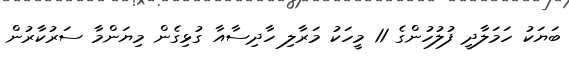
ބަޔަކު ހަމަލާދީ ފުލުހުންގެ 11 މީހަކު މަރާލި ހާދިސާއާ ގުޅިގެން މިޔަންމާ ސަރުކާރުން